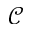
\mathcal { C }